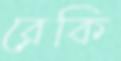
রেকি